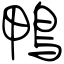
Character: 鴨